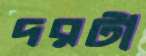
দরটা